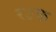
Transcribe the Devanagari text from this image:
रउफ